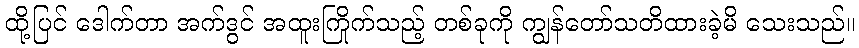
ထို့ပြင် ဒေါက်တာ အက်ဒွင် အထူးကြိုက်သည့် တစ်ခုကို ကျွန်တော်သတိထားခဲ့မိ သေးသည်။